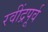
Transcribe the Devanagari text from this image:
रवींद्रपूर्व